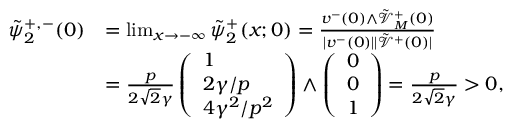
\begin{array} { r l } { \tilde { \psi } _ { 2 } ^ { + , - } ( 0 ) } & { = \operatorname* { l i m } _ { x \to - \infty } \tilde { \psi } _ { 2 } ^ { + } ( x ; 0 ) = \frac { v ^ { - } ( 0 ) \wedge \tilde { \mathcal { V } } _ { M } ^ { + } ( 0 ) } { | v ^ { - } ( 0 ) | | \tilde { \mathcal { V } } ^ { + } ( 0 ) | } } \\ & { = \frac { p } { 2 \sqrt { 2 } \gamma } \left( \begin{array} { l } { 1 } \\ { 2 \gamma / p } \\ { 4 \gamma ^ { 2 } / p ^ { 2 } } \end{array} \right) \wedge \left( \begin{array} { l } { 0 } \\ { 0 } \\ { 1 } \end{array} \right) = \frac { p } { 2 \sqrt { 2 } \gamma } > 0 , } \end{array}